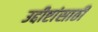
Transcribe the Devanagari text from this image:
उद्दीष्टांसाठी